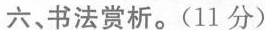
六、书法赏析。(11分)